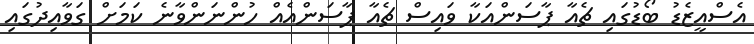
އެސްއީޒެޑު ބޯޑުގައި ޗެއާ ޕާސަންއަކާ ވައިސް ޗެއާ ޕާސަންއެއް ހުންނަންވާނެ ކަމަށް ގަވާއިދުގައި